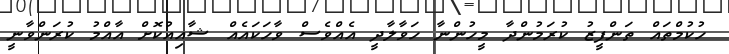
ހުކުމްތައް ތަންފީޒު ކުރަމުންދާ މީހުންނާ ހަވާލާދީ އެއްވެސް ވާހަކައެއް ޝާއިއުކޮށް އާއްމު ކުރަންވާނީ